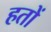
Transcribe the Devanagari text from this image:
हतों